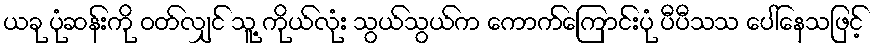
ယခု ပုံဆန်းကို ဝတ်လျှင် သူ့ ကိုယ်လုံး သွယ်သွယ်က ကောက်ကြောင်းပုံ ပီပီသသ ပေါ်နေသဖြင့်